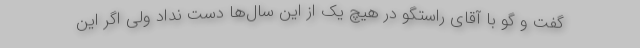
گفت و گو با آقای راستگو در هیچ یک از این سال‌ها دست نداد ولی اگر این